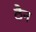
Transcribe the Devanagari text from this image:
ठैन